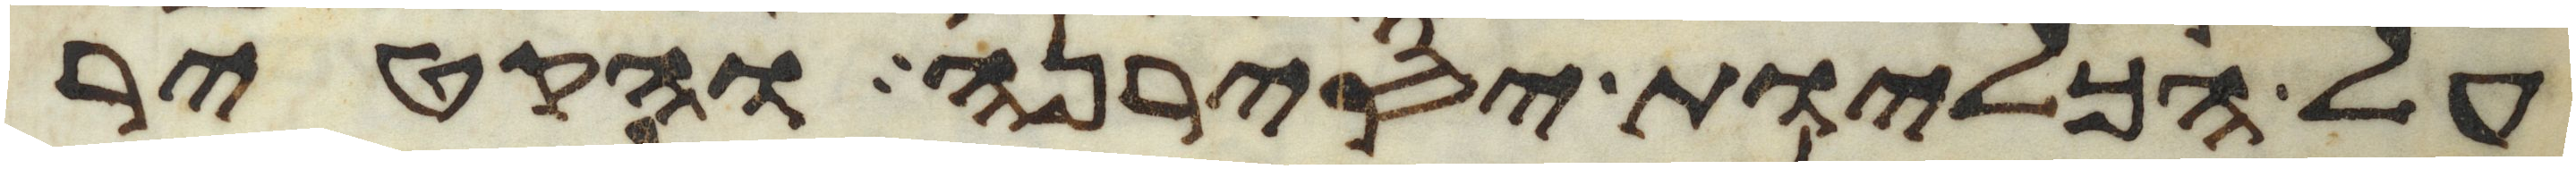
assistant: על הכליות יסירנה והקטיר